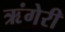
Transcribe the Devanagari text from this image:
ऋंगेरी